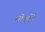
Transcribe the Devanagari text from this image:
मोनटेरे